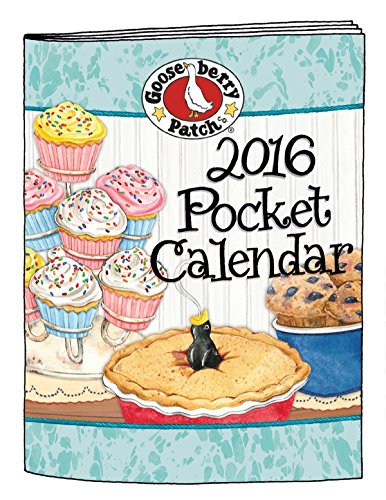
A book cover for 2016 Gooseberry Patch Pocket Calendar (Gooseberry Patch Calendars); Gooseberry Patch; Calendars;